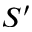
S ^ { \prime }